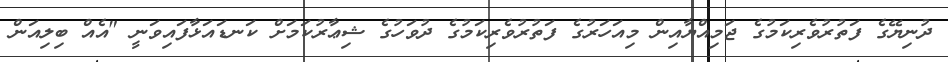
ދުނިޔޭގެ ފަތުރުވެރިކަމުގެ ޖަމިއްޔާއިން މިއަހަރުގެ ފަތުރުވެރިކަމުގެ ދުވަހުގެ ޝިޢާރުކަމަށް ކަނޑައަޅާފައިވަނީ "އެއް ބިލިއަން